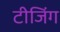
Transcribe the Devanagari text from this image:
टीजिंग